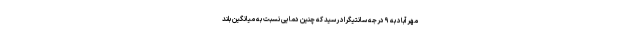
مهرآباد به ۹ درجه سانتیگراد رسید که چنین دمایی نسبت به میانگین بلند